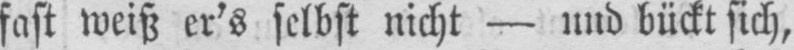
fast weiß er’s selbst nicht - und bückt sich,